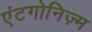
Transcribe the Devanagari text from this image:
एंटगोनिज़्म